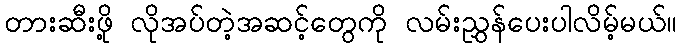
တားဆီးဖို့ လိုအပ်တဲ့အဆင့်တွေကို လမ်းညွှန်ပေးပါလိမ့်မယ်။